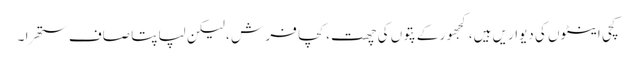
کچی اینٹوں کی دیواریں ہیں، کجھور کے پتوں کی چھت ، کچا فر ش ، لیکن لپاپتا صاف ستھرا ۔